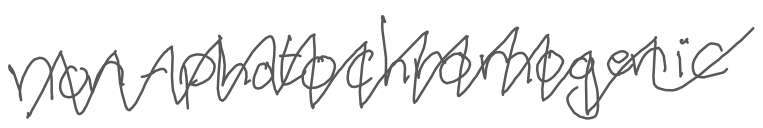
Text: non-photochromogenic
Cross-out: zig-zag
Writing tool: digital_gray